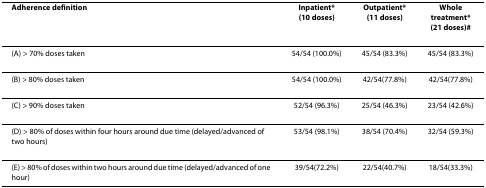
<table><thead><tr><td><b>Adherence definition</b></td><td><b>Inpatient*(10 doses)</b></td><td><b>Outpatient*(11 doses)</b></td><td><b>Whole treatment*(21 doses)#</b></td></tr></thead><tbody><tr><td>(A) &gt; 70% doses taken</td><td>54/54 (100.0%)</td><td>45/54 (83.3%)</td><td>45/54 (83.3%)</td></tr><tr><td>(B) &gt; 80% doses taken</td><td>54/54 (100.0%)</td><td>42/54(77.8%)</td><td>42/54(77.8%)</td></tr><tr><td>(C) &gt; 90% doses taken</td><td>52/54 (96.3%)</td><td>25/54 (46.3%)</td><td>23/54 (42.6%)</td></tr><tr><td>(D) &gt; 80% of doses within four hours around due time (delayed/advanced of two hours)</td><td>53/54 (98.1%)</td><td>38/54 (70.4%)</td><td>32/54 (59.3%)</td></tr><tr><td>(E) &gt; 80% of doses within two hours around due time (delayed/advanced of one hour)</td><td>39/54(72.2%)</td><td>22/54(40.7%)</td><td>18/54(33.3%)</td></tr></tbody></table>